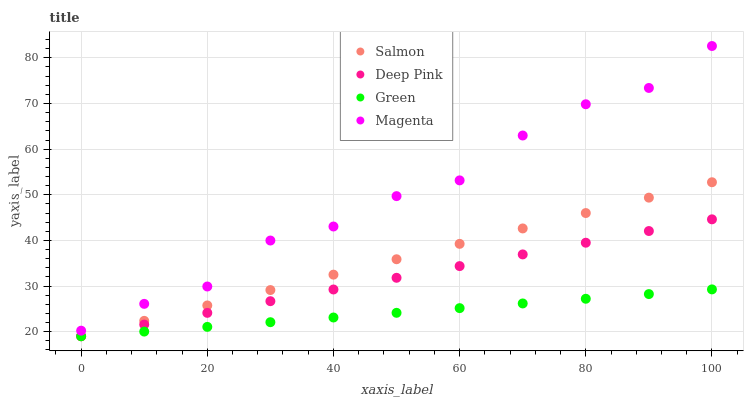
| xaxis_label | Salmon | Deep Pink | Green | Magenta |
 | --- | --- | --- | --- | --- |
 | 0 | 19 | 19 | 19 | 20.2 |
 | 10 | 22.4 | 21.6 | 20 | 26.1 |
 | 20 | 25.7 | 24.1 | 21.1 | 29.9 |
 | 30 | 29.1 | 26.7 | 22.1 | 40 |
 | 40 | 32.5 | 29.2 | 23.1 | 43 |
 | 50 | 35.9 | 31.8 | 24.1 | 49.7 |
 | 60 | 39.2 | 34.4 | 25.2 | 53.2 |
 | 70 | 42.6 | 36.9 | 26.2 | 63 |
 | 80 | 46 | 39.5 | 27.2 | 69.8 |
 | 90 | 49.4 | 42.1 | 28.2 | 73.4 |
 | 100 | 52.7 | 44.6 | 29.3 | 82.6 |